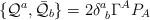
LaTeX: \begin{align*}\{ {\cal Q}^{a}, \bar{{\cal Q}}_{b}\}=2\delta^{a}_{~b}\Gamma^{A}P_{A} \end{align*}